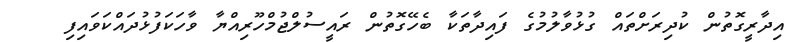
އިދާރީގޮތުން ކުދިރަށްތައް ގުޅުވާލުމުގެ ފައިދާތަކާ ބެހޭގޮތުން ރައީސުލްޖުމްހޫރިއްޔާ ވާހަކަފުޅުދައްކަވައިފި